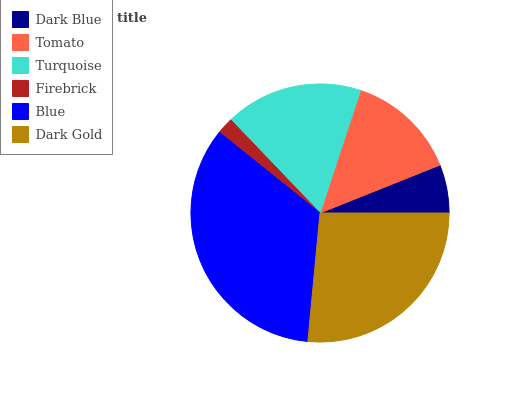
| Dark Blue | Tomato | Turquoise | Firebrick | Blue | Dark Gold |
 | --- | --- | --- | --- | --- | --- |
 | 6.06% | 13.9% | 17.2% | 2.09% | 34.3% | 26.5% |